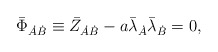
\begin{align*}\bar{\Phi}_{\dot{A}\dot{B}} \equiv\bar{Z}_{\dot{A}\dot{B}} - a \bar{\lambda}_{\dot{A}} \bar{\lambda}_{\dot{B}} = 0 ,\end{align*}